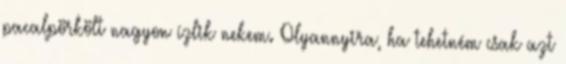
pacalpörkölt nagyon ízlik nekem. Olyannyira, ha tehetném csak azt